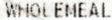
WHOLEMEAL